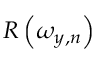
R \left( \omega _ { y , n } \right)